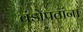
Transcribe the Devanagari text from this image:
बंडोपतांना